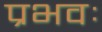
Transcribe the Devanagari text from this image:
प्रभवः